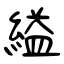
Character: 縊